Vital statistics of India. Vol. VI, European troops 1870-79
Year: 1870
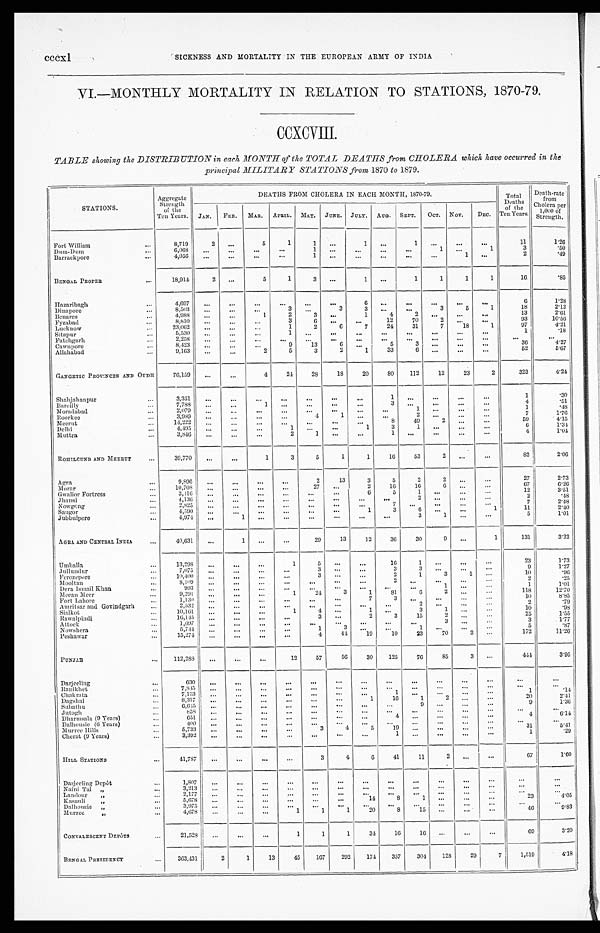
cccxl
SICKNESS AND MORTALITY IN THE EUROPEAN ARMY OF INDIA.
VI.—MONTHLY MORTALITY IN RELATION TO STATIONS, 1870-79.
CCXCVIII.
TABLE showing the DISTRIBUTION in each MONTH of the TOTAL DEATHS from CHOLERA which have occurred in the
principal MILITARY STATIONS from 1870 to 1879.
STATIONS.
Aggregate
Strength
of the
Ten Years.
DEATHS FROM CHOLERA IN EACH MONTH, 1870-79.
Total
Deaths
of the
Ten Years.
Death-rate
from
Cholera per
1,000 of
Strength.
JAN. FEB. MAR. APRIL. MAY. JUNE. JULY. AUG. SEPT. OCT. NOV. DEC.
Fort William
. . .
8,719
2
. . .
5
1
1
. . .
1 ...
1
...
. . .
...
11
1.26
Dum-Dum
...
6,068
...
...
. . .
. . .
1 ...
...
...
...
1
. . .
1
3
.50
Barrackpore
...
4,056
...
...
...
...
1 ...
. . .
. . .
...
...
1 ...
2
.49
BENGAL PROPER
. . .
18,914
2 ...
5
1
3
. . .
1 ...
1
1
1
1
16
.85
Hazaribagh
...
4,697
...
...
...
...
...
...
6
. . . ...
...
. . .
. . .
6
1.28
Dinapore
. . .
8,503
...
. . . ...
3
. . .
3
3
. . .
. . .
3
5
1
18
2.12
Benares
. . .
4,988
...
...
1
2
3 ...
1
4
2 ...
...
. . .
13
2.61
Fyzabad
...
8,810
. . .
. . .
. . .
3
6 . . .
. . .
12
70
2 ...
. . .
93
10.56
Lucknow
...
23,062
...
...
. . .
1
2
6
7
24
31
7
18
1
97
4.21
Sitapur
. . .
5,530
...
...
. . .
1
. . .
. . .
...
. . .
. . .
. . .
. . .
. . .
1
. 1 8
Fatehgarh
. . .
2,258
...
...
...
...
. . . . . .
. . .
. . .
. . .
. . .
. . .
. . .
...
. . .
Cawnpore
. . .
8,423 ... ...
...
9
13
6
. . .
5
3 ...
...
. . .
3 6
4 . 2 7
Allahabad
. . .
9,163
. . .
...
2
5
3 2
1
33
6
...
...
...
52
5.67
GANGETIC PROVINCES AND OUDH
76,159
...
. . .
4
24
28
18
20
80
112
12
23
2
323
4.24
Shahjahanpur
...
3,351
. . .
...
...
. . .
. . .
. . .
. . .
1
. . .
...
. . .
. . .
1
.30
Barcilly
...
7,788
. . . ...
1 ...
...
. . .
. . .
3 . . .
. . .
. . .
. . .
4
. 5 1
Moradabad
...
2,079
. . . ...
...
. . .
...
. . .
...
...
1
...
. . .
. . .
1
. 4 8
Roorkee
. . .
3,989
...
...
. . .
...
4
1 ...
...
2 ...
...
...
7
1 . 7 6
Meerut
. . .
14,222 ...
... ...
...
...
. . .
...
8
49
2 ...
...
5 9
4 . 1 5
Delhi
...
4,495
...
. . .
...
1 ...
. . .
1
3
1 ...
...
...
6
1.34
Muttra
. . .
3,840
...
. . .
...
2
1
. . .
...
1
. . .
...
. . .
...
4
1 . 0 4
ROHILCUND AND MEERUT
. . .
39,770
...
. . .
1
3
5
1
1
16
53
2
. . . ...
82
2.06
Agra
. . .
9,896 ...
...
. . .
. . .
2
13
3
5
2
2
. . .
. . .
27
2.73
Morar
. . . 10,708
...
...
...
...
27 ...
2
16
16
6 ...
...
6 7
6 . 2 6
Gwalior Fortress
...
3,416 ... ...
...
...
...
. . .
6
5
1 ...
. . .
...
12
3.51
Jhansi
. . .
4,136 ...
...
...
...
...
. . .
...
...
2...
...
. . .
2
. 4 8
Nowgeng
. . .
2,825
...
...
...
. . .
. . . ...
. . .
7
. . .
...
. . .
. . .
7
2.48
Saugor
. . .
4,590 ... ...
...
...
. . . ...
1
3
6 ...
...
1
1 1
2 . 4 0
Jubbulpore
. . .
4,974
... 1
...
. . .
. . .
. . .
. . .
. . .
3
1 ...
. . .
5
1 . 0 1
AGRA AND CENTRAL INDIA
...
40,631
...
1 ...
...
29
13
12
36
30
9 ...
1
131
3.22
Umballa
...
13,298
. . .
. . .
...
1
5 ...
...
16
1 ...
...
. . .
23
1.73
Jullundur
. . .
7,075
. . .
...
...
...
3 ...
...
3
3...
. . .
. . .
9
1 . 2 7
Ferozepore
. . .
10,400
. . .
...
. . .
. . .
3
. . .
. . .
2
1
3
1 ...
1 0
. 9 6
Mooltan
...
8,109
. . .
...
...
...
...
. . .
...
2
. . . . . .
. . . ...
2 . 2 5
Dera Ismail Khan
. . .
993
. . .
...
. . .
. . .
. . .
...
...
...
...
1
. . .
. . .
1
1.01
Meean Meer
...
9,291
. . .
...
...
1
24
3
1
81
6
2
. . .
...
118
12.70
Fort Lahore
...
1,130
. . .
...
...
...
...
...
7
3
. . .
. . .
. . . ...
1 0
8 . 8 5
Amritsar and Govindgarh
...
2,532
. . .
...
...
. . .
...
...
. . .
. . .
2 ...
...
. . .
2 . 7 9
Sialkot
. . .
10,161
. . .
...
...
1
4
. . .
1 ...
3
1 ...
. . .
1 0
. 9 8
Rawalpindi
. . .
16,145
. . .
. . . ...
. . .
3
. . .
2
3
15
2
...
. . .
25
1 . 5 5
Attock
. . .
1,697
. . .
. . .
...
...
...
. . .
. . .
. . .
...
3
. . .
. . .
3
1.77
Nowshera
...
5,744 . . .
. . . ...
. . .
1
3 ...
...
1 ...
...
. . .
5
. 8 7
Peshawar
...
15,274 . . .
. . . ...
. . .
4
44
19
10
23
70
2 ...
1 7 2
1 1 . 2 6
PUNJAB
...
112,288
. . .
. . .
. . .
12
57
56
30
125
76
85
3 ...
444
3.95
Darjeeling
...
630 ...
. . .
...
...
...
...
...
...
...
. . .
...
...
...
. . .
Ranikhet
. . .
7,845 ...
. . .
. . .
. . .
. . .
. . .
. . .
. . .
. . . ...
...
. . .
...
. . .
Chakrata
...
7,153
...
...
. . .
. . .
. . .
...
. . .
1
. . .
. . . ...
. . .
1
. 1 4
Dagshai
. . .
8,317
. . .
. . .
. . .
. . .
. . . ...
1
16
1
2
. . .
. . .
2 0
2 . 4 1
Subathu
. .
6,615
. . .
...
...
...
. . .
. . .
. . .
. . .
9 ...
. . .
...
9
1 . 3 6
Jutogh
...
858
...
...
...
...
...
. . .
. . .
...
...
...
. . .
. . .
. . .
. . .
Dharmsala (9 Years)
...
651
...
...
...
...
...
. . .
. . .
4
. . .
. . . ...
. . .
4
6 . 1 4
Dalhousie (6 Years)
...
400 ...
...
. . .
. . .
...
. . .
. . .
. . .
. . .
. . . . . .
. . .
...
. . .
Murree Hills
. . .
5,733
...
. . .
. . .
. . .
3
4
5
19
. . .
...
. . .
. . .
3 1
5 . 4 1
Cherat (9 Years)
...
3,392
...
...
...
. . .
. . .
...
. . .
1
. . . ...
...
. . .
1
. 2 9
HILL STATIONS
...
41,787
. . .
. . .
...
. . .
3
4
6
41
11
2
. . . . . .
67
1.60
Darjeeling Depôt
. . .
1,807
. . .
. . .
. . .
. . .
. . .
...
. . .
. . .
...
...
. . .
. . .
. . .
. . .
Naini Tal „
...
3,213
. . .
. . .
. . .
...
. . .
...
. . .
. . .
. . .
...
. . .
. . .
. . .
...
Landour „
...
2,177
. . .
. . .
. . .
. . .
. . .
. . .
. . .
...
. . .
...
. . .
. . .
. . .
...
Kasauli „
...
5,678
...
. . .
...
. . .
. . .
. . .
14
8
1 ...
...
. . .
2 3
4 . 0 5
Dalhousie „
...
3,975 ...
. . .
. . .
. . .
. . .
. . .
. . .
. . .
...
. . . . . .
. . .
. . .
. . .
Murree „
...
4,678
...
. . .
...
1
1
1
2 0
8
1 5 ...
. . .
. . .
4 6
9 . 8 3
CONVALESCENT DEPÔTS
...
21,528
...
...
...
1
1
1
34
16
16
... ...
. . .
69
3.20
BENGAL PRESIDENCY
...
363,431
2
1
13
45
167
292
174
357
304
128
29
7
1,519
4.18